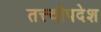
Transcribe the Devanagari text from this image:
तत्त्वोपदेश